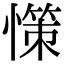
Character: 憡